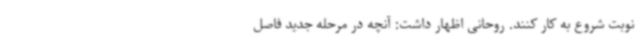
نوبت شروع به کار کنند. روحانی اظهار داشت: آنچه در مرحله جدید فاصل